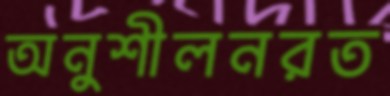
অনুশীলনরত